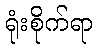
ရုံးစိုက်ရာ